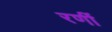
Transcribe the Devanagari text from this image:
रणीं